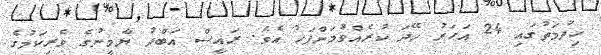
ހިދުމަތުގައި 24 އަހަރު ހޭދަ ކުރެއްވުމަށްފަހު އެވެ. ރައީސް އަބްދު ޔާމީނުގެ ވެރިކަމުގެ